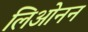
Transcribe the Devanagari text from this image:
लिओनन